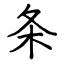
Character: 条